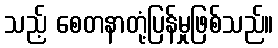
သည့် စေတနာတုံ့ပြန်မှုဖြစ်သည်။